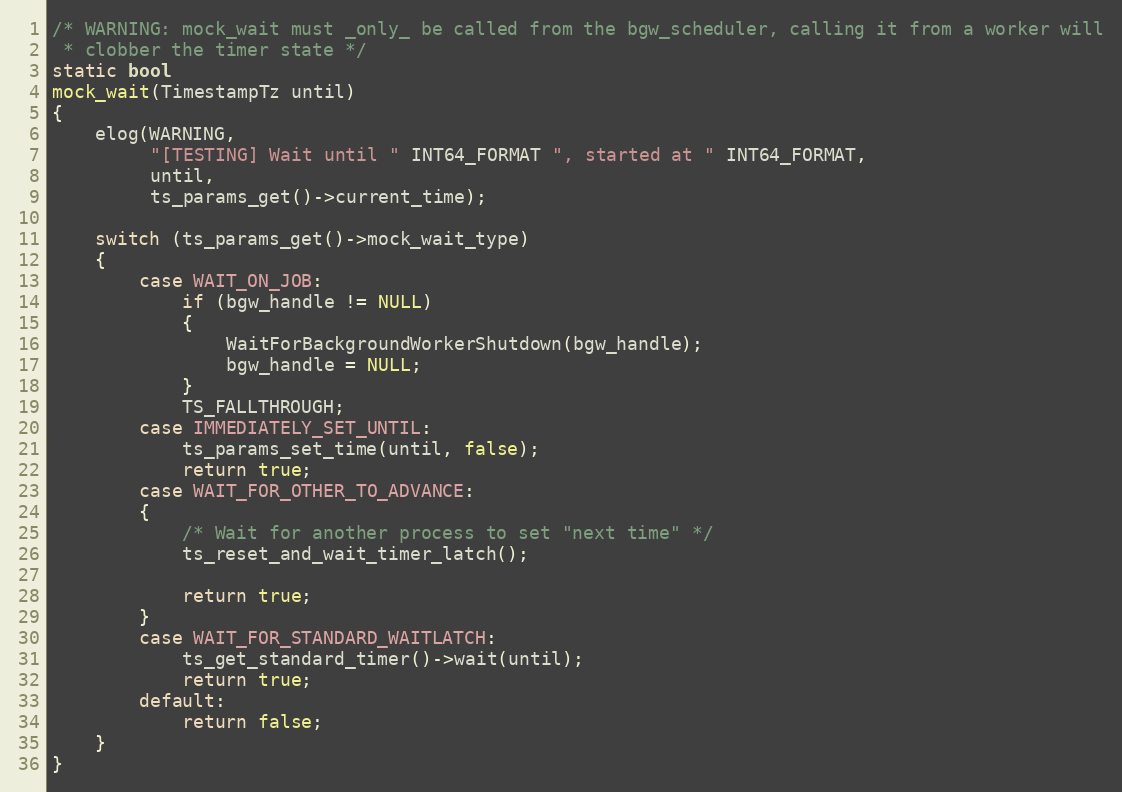
Language: C
/* WARNING: mock_wait must _only_ be called from the bgw_scheduler, calling it from a worker will
 * clobber the timer state */
static bool
mock_wait(TimestampTz until)
{
	elog(WARNING,
		 "[TESTING] Wait until " INT64_FORMAT ", started at " INT64_FORMAT,
		 until,
		 ts_params_get()->current_time);

	switch (ts_params_get()->mock_wait_type)
	{
		case WAIT_ON_JOB:
			if (bgw_handle != NULL)
			{
				WaitForBackgroundWorkerShutdown(bgw_handle);
				bgw_handle = NULL;
			}
			TS_FALLTHROUGH;
		case IMMEDIATELY_SET_UNTIL:
			ts_params_set_time(until, false);
			return true;
		case WAIT_FOR_OTHER_TO_ADVANCE:
		{
			/* Wait for another process to set "next time" */
			ts_reset_and_wait_timer_latch();

			return true;
		}
		case WAIT_FOR_STANDARD_WAITLATCH:
			ts_get_standard_timer()->wait(until);
			return true;
		default:
			return false;
	}
}